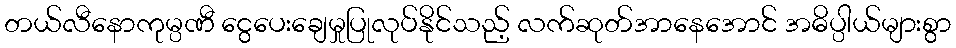
တယ်လီနောကုမ္ပဏီ ငွေပေးချေမှုပြုလုပ်နိုင်သည့် လက်ဆုတ်အာနေအောင် အဓိပ္ပါယ်များစွာ